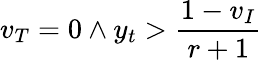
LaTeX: v_{T}=0\land y_{t}>\frac{1-v_{I}}{r+1}